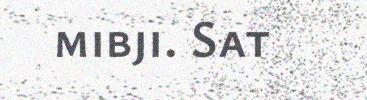
mibji. Sat